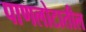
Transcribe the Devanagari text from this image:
पाणलोटातील